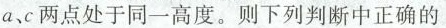
a、c两点处于同一高度。则下列判断中正确的